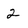
Character: 2